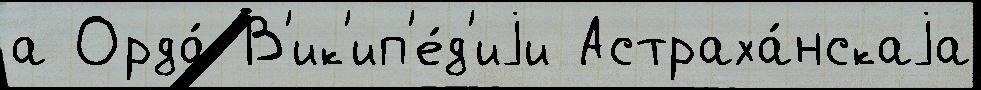
а Орда́ В'ик'ип'е́д'иjи Астраха́нскаjа